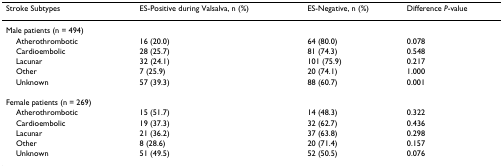
<table><thead><tr><td><b>Stroke Subtypes</b></td><td><b>ES-Positive during Valsalva, n (%)</b></td><td><b>ES-Negative, n (%)</b></td><td><b>Difference <i>P</i>-value</b></td></tr></thead><tbody><tr><td>Male patients (n = 494)</td><td></td><td></td><td></td></tr><tr><td> Atherothrombotic</td><td>16 (20.0)</td><td>64 (80.0)</td><td>0.078</td></tr><tr><td> Cardioembolic</td><td>28 (25.7)</td><td>81 (74.3)</td><td>0.548</td></tr><tr><td> Lacunar</td><td>32 (24.1)</td><td>101 (75.9)</td><td>0.217</td></tr><tr><td> Other</td><td>7 (25.9)</td><td>20 (74.1)</td><td>1.000</td></tr><tr><td> Unknown</td><td>57 (39.3)</td><td>88 (60.7)</td><td>0.001</td></tr><tr><td>Female patients (n = 269)</td><td></td><td></td><td></td></tr><tr><td> Atherothrombotic</td><td>15 (51.7)</td><td>14 (48.3)</td><td>0.322</td></tr><tr><td> Cardioembolic</td><td>19 (37.3)</td><td>32 (62.7)</td><td>0.436</td></tr><tr><td> Lacunar</td><td>21 (36.2)</td><td>37 (63.8)</td><td>0.298</td></tr><tr><td> Other</td><td>8 (28.6)</td><td>20 (71.4)</td><td>0.157</td></tr><tr><td> Unknown</td><td>51 (49.5)</td><td>52 (50.5)</td><td>0.076</td></tr></tbody></table>